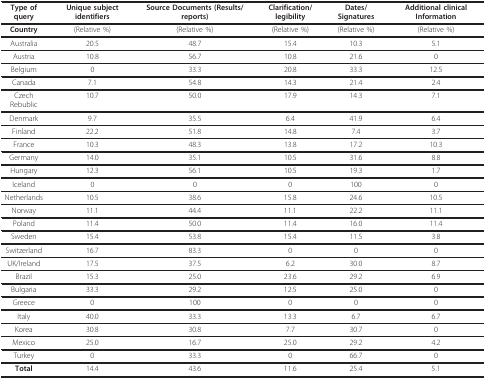
<table><thead><tr><td><b>Type of query</b></td><td><b>Unique subject identifiers</b></td><td><b>Source Documents (Results/reports)</b></td><td><b>Clarification/legibility</b></td><td><b>Dates/Signatures</b></td><td><b>Additional clinical Information</b></td></tr></thead><tbody><tr><td><b>Country</b></td><td>(Relative %)</td><td>(Relative %)</td><td>(Relative %)</td><td>(Relative %)</td><td>(Relative %)</td></tr><tr><td>Australia</td><td>20.5</td><td>48.7</td><td>15.4</td><td>10.3</td><td>5.1</td></tr><tr><td>Austria</td><td>10.8</td><td>56.7</td><td>10.8</td><td>21.6</td><td>0</td></tr><tr><td>Belgium</td><td>0</td><td>33.3</td><td>20.8</td><td>33.3</td><td>12.5</td></tr><tr><td>Canada</td><td>7.1</td><td>54.8</td><td>14.3</td><td>21.4</td><td>2.4</td></tr><tr><td>Czech Rebublic</td><td>10.7</td><td>50.0</td><td>17.9</td><td>14.3</td><td>7.1</td></tr><tr><td>Denmark</td><td>9.7</td><td>35.5</td><td>6.4</td><td>41.9</td><td>6.4</td></tr><tr><td>Finland</td><td>22.2</td><td>51.8</td><td>14.8</td><td>7.4</td><td>3.7</td></tr><tr><td>France</td><td>10.3</td><td>48.3</td><td>13.8</td><td>17.2</td><td>10.3</td></tr><tr><td>Germany</td><td>14.0</td><td>35.1</td><td>10.5</td><td>31.6</td><td>8.8</td></tr><tr><td>Hungary</td><td>12.3</td><td>56.1</td><td>10.5</td><td>19.3</td><td>1.7</td></tr><tr><td>Iceland</td><td>0</td><td>0</td><td>0</td><td>100</td><td>0</td></tr><tr><td>Netherlands</td><td>10.5</td><td>38.6</td><td>15.8</td><td>24.6</td><td>10.5</td></tr><tr><td>Norway</td><td>11.1</td><td>44.4</td><td>11.1</td><td>22.2</td><td>11.1</td></tr><tr><td>Poland</td><td>11.4</td><td>50.0</td><td>11.4</td><td>16.0</td><td>11.4</td></tr><tr><td>Sweden</td><td>15.4</td><td>53.8</td><td>15.4</td><td>11.5</td><td>3.8</td></tr><tr><td>Switzerland</td><td>16.7</td><td>83.3</td><td>0</td><td>0</td><td>0</td></tr><tr><td>UK/Ireland</td><td>17.5</td><td>37.5</td><td>6.2</td><td>30.0</td><td>8.7</td></tr><tr><td>Brazil</td><td>15.3</td><td>25.0</td><td>23.6</td><td>29.2</td><td>6.9</td></tr><tr><td>Bulgaria</td><td>33.3</td><td>29.2</td><td>12.5</td><td>25.0</td><td>0</td></tr><tr><td>Greece</td><td>0</td><td>100</td><td>0</td><td>0</td><td>0</td></tr><tr><td>Italy</td><td>40.0</td><td>33.3</td><td>13.3</td><td>6.7</td><td>6.7</td></tr><tr><td>Korea</td><td>30.8</td><td>30.8</td><td>7.7</td><td>30.7</td><td>0</td></tr><tr><td>Mexico</td><td>25.0</td><td>16.7</td><td>25.0</td><td>29.2</td><td>4.2</td></tr><tr><td>Turkey</td><td>0</td><td>33.3</td><td>0</td><td>66.7</td><td>0</td></tr><tr><td><b>Total</b></td><td>14.4</td><td>43.6</td><td>11.6</td><td>25.4</td><td>5.1</td></tr></tbody></table>